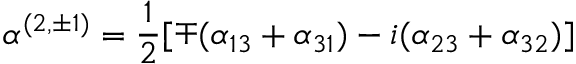
\alpha ^ { ( 2 , \pm 1 ) } = \frac { 1 } { 2 } [ \mp ( \alpha _ { 1 3 } + \alpha _ { 3 1 } ) - i ( \alpha _ { 2 3 } + \alpha _ { 3 2 } ) ]